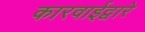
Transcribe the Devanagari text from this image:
कारवाईद्वारे